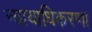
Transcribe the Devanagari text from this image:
न्यायाधिकरण।